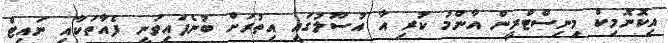
އިކޮނޮމިކް މިނިސްޓްރީން އާންމު ކުރި އާ އުސޫލުގައި އިތުރަށް ބުނެފައިވަނީ ފެއާތަކާއި ނައިޓް